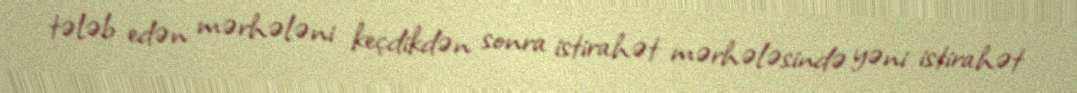
tələb edən mərhələni keçdikdən sonra istirahət mərhələsində yəni istirahət